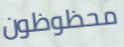
محظوظون